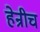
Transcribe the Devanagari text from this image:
हेन्रीच